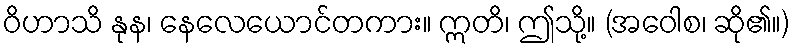
ဝိဟာသိ နုန၊ နေလေယောင်တကား။ ဣတိ၊ ဤသို့။ (အဝေါစ၊ ဆို၏။)